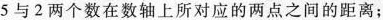
5与2两个数在数轴上所对应的两点之间的距离；